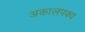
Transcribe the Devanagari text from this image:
अकालपक्व